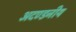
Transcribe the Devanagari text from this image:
अदण्डनीय